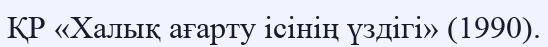
ҚР «Халық ағарту ісінің үздігі» (1990).